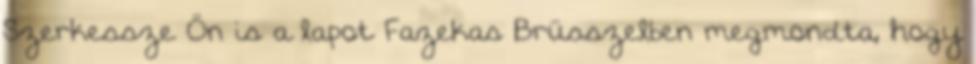
Szerkessze Ön is a lapot Fazekas Brüsszelben megmondta, hogy